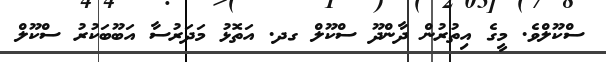
ސްކޫލްވެ. މީގެ އިތުރުން ދާންދޫ ސްކޫލް ގދ. އަތޮޅު މަދަރުސާ އަބޫބަކުރު ސްކޫލް